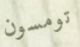
تومسون